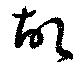
故